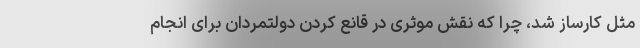
مثل کارساز شد، چرا که نقش موثری در قانع کردن دولتمردان برای انجام